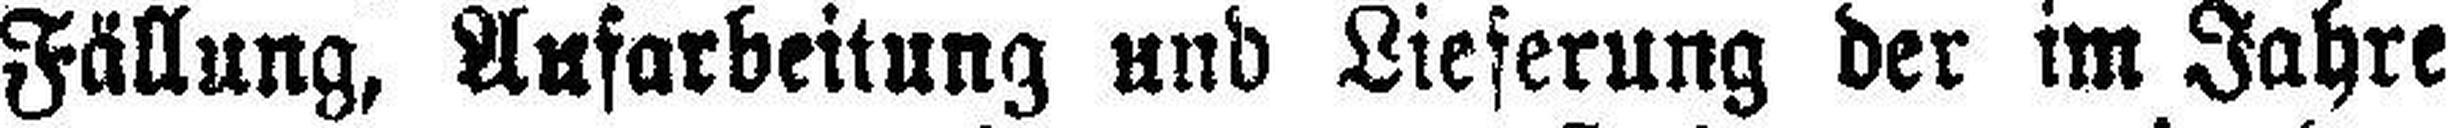
Fällung, Aufarbeitung und Lieferung der im Jahre